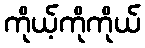
ကိုယ့်ကိုကိုယ်